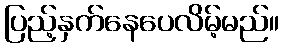
ပြည့်နှက်နေပေလိမ့်မည်။